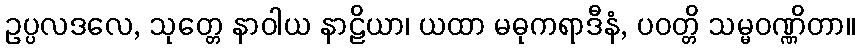
ဥပ္ပလဒလေ, သုတ္တေ နာဝါယ နာဠိယာ၊ ယထာ မဓုကရာဒီနံ, ပဝတ္တိ သမ္မဝဏ္ဏိတာ။